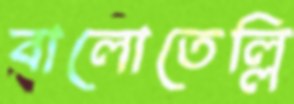
বালোতেল্লি